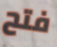
فتح